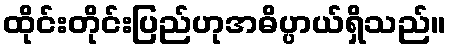
ထိုင်းတိုင်းပြည်ဟုအဓိပ္ပာယ်ရှိသည်။